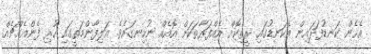
އެހެން ކަނޑުފަދައިން އެކަނޑުގައި ރީތިކޮށް އެއްފަރާތަކަށް އޮއެއް ނުހިނގައެވެ. އަލިފާންމަތީގައި ހުރި ފެންއެއްޗެއް